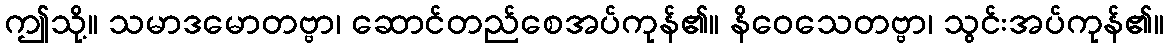
ဤသို့။ သမာဒမောတဗ္ဗာ၊ ဆောင်တည်စေအပ်ကုန်၏။ နိဝေသေတဗ္ဗာ၊ သွင်းအပ်ကုန်၏။